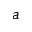
a